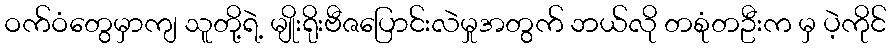
ဝက်ဝံတွေမှာကျ သူတို့ရဲ့ မျိုးရိုးဗီဇပြောင်းလဲမှုအတွက် ဘယ်လို တစုံတဦးက မှ ပဲ့ကိုင်